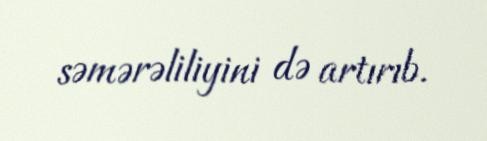
səmərəliliyini də artırıb.